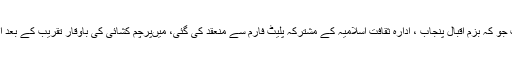
جشن آزای کے سلسلہ میں منعقدہ تقریب جو کہ بزم اقبال پنجاب ، ادارہ ثقافت اسلامیہ کے مشترکہ پلیٹ فارم سے منعقد کی گئی، میںپرچم کشائی کی باوقار تقریب کے بعد ایک مجلس مذاکرہ کا اہتمام بھی کیا گیا۔